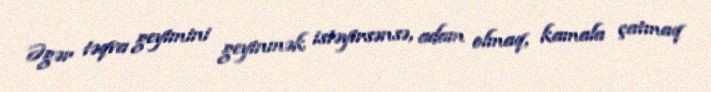
Əgər təqva geyimini geyinmək istəyirsənsə, adam olmaq, kamala çatmaq